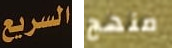
السريع منهج